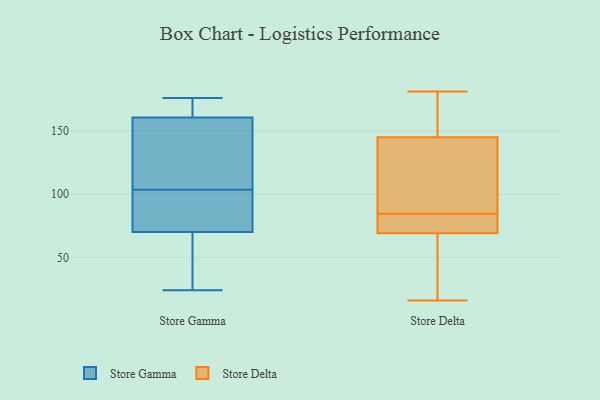
{"axis": {"x": "Production Output", "y": "Value"}, "legend": ["Store Delta", "Store Gamma"], "data": [{"x": "", "y": 119, "type": "Store Gamma"}, {"x": "", "y": 170, "type": "Store Gamma"}, {"x": "", "y": 125, "type": "Store Gamma"}, {"x": "", "y": 176, "type": "Store Gamma"}, {"x": "", "y": 157, "type": "Store Gamma"}, {"x": "", "y": 24, "type": "Store Gamma"}, {"x": "", "y": 50, "type": "Store Gamma"}, {"x": "", "y": 164, "type": "Store Gamma"}, {"x": "", "y": 84, "type": "Store Gamma"}, {"x": "", "y": 88, "type": "Store Gamma"}, {"x": "", "y": 66, "type": "Store Gamma"}, {"x": "", "y": 74, "type": "Store Gamma"}, {"x": "", "y": 77, "type": "Store Delta"}, {"x": "", "y": 88, "type": "Store Delta"}, {"x": "", "y": 149, "type": "Store Delta"}, {"x": "", "y": 71, "type": "Store Delta"}, {"x": "", "y": 93, "type": "Store Delta"}, {"x": "", "y": 16, "type": "Store Delta"}, {"x": "", "y": 160, "type": "Store Delta"}, {"x": "", "y": 109, "type": "Store Delta"}, {"x": "", "y": 166, "type": "Store Delta"}, {"x": "", "y": 81, "type": "Store Delta"}, {"x": "", "y": 181, "type": "Store Delta"}, {"x": "", "y": 141, "type": "Store Delta"}, {"x": "", "y": 67, "type": "Store Delta"}, {"x": "", "y": 45, "type": "Store Delta"}, {"x": "", "y": 21, "type": "Store Delta"}, {"x": "", "y": 78, "type": "Store Delta"}]}